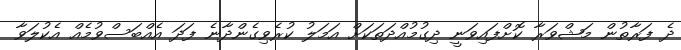
ދެ ފަރާތުން މަޝްވަރާ ކޮށްފައިވަނީ ދިގުމުއްދަތަކަށް އަމަލު ކުރެވިގެންދާނެ ފަދަ އެއްބަސްވުމެއް އެކުލަވާ